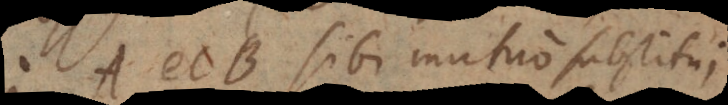
A et B sibi mutuo substitui